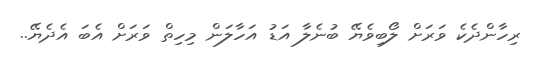
ރިހާންދެކެ ވަރަށް ލޯބިވެޔޭ ބުނެލާ އަޑު އަހާލަން މިހިތް ވަރަށް އެބަ އެދެޔޭ..